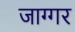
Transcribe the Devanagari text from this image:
जाग्गर